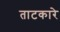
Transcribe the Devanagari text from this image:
ताटकारे